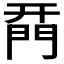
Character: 𨴚